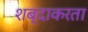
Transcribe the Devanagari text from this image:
शब्दाकरता